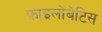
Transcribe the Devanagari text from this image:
फ़ाइलोबेटिस